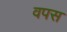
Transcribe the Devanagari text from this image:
वपस